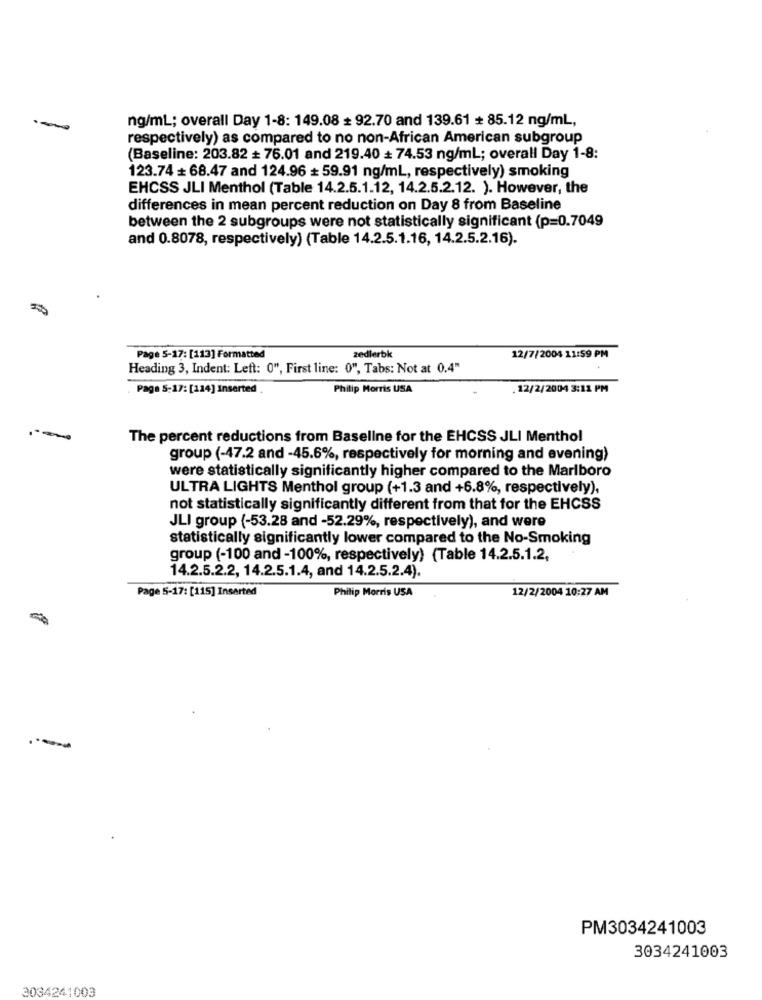
ng/ml; overall Day 1-8: 149.08 + 92.70 and 139.61 + 85.12 ng/ml,
respectively) as compared to no non-African American subgroup
(Baseline: 203.82 + 76.01 and 219.40 + 74.53 ng/ml; overall Day 1-8:
123.74 + 68.47 and 124.96 + 59.91 ng/ml, respectively) smoking
EHCSS JLI Menthol (Table 14.2.5.1.12, 14.2.5.2.12. ). However, the
differences in mean percent reduction on Day 8 from Baseline
between the 2 subgroups were not statistically significant (p=0.7049
and 0.8078, respectively) (Table 14.2.5.1.16, 14.2.5.2.16).
Page 5-17: [113] Formatted
zedlerbk
12/7/2004 11:59 PM
Heading 3, Indent: Left: 0", First line: 0", Tabs: Not at 0.4"
. Page 5-17: [114] Inserted
Philip Morris USA
. 12/2/2004 3:12 PM
The percent reductions from Baseline for the EHCSS JLI Menthol
group (-47.2 and -45.6%, respectively for morning and evening)
were statistically significantly higher compared to the Marlboro
ULTRA LIGHTS Menthol group (+1.3 and +6.8%, respectively),
not statistically significantly different from that for the EHCSS
JLI group (-53.28 and -52.29%, respectively), and were
statistically significantly lower compared to the No-Smoking
group (-100 and -100%, respectively) (Table 14.2.5.1.2,
14.2.5.2.2, 14.2.5.1.4, and 14.2.5.2.4).
Page 5-17: [115] Inserted
Philip Morris USA
12/2/2004 10:27 AM
PM3034241003
3034241003
3034241003